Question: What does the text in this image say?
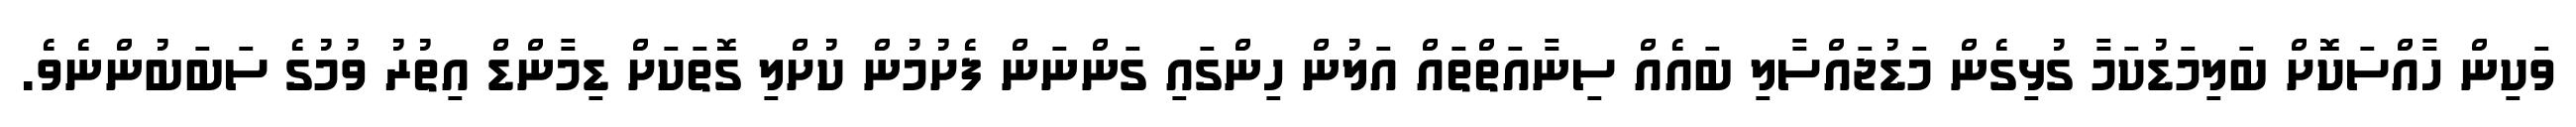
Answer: ވަކިން ހާއްސަކޮށް ބަލިމަޑުކަމާ ގުޅިގެން މަޑުޖައްސާލި ބައެއް ސިނާއަތްތައް އަލުން ހިންގައި ގަންނަން ފެށުމުން ކުށްލި ގޮތަކަށް ޑިމާންޑް އިތުރު ވުމުގެ ސަބަބުންނެވެ.